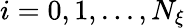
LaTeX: i=0,1,...,N_{\xi}